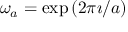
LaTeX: \omega _ { a } = \exp \left( 2 \pi \imath / a \right)